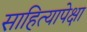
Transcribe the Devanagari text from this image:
साहित्यापेक्षा